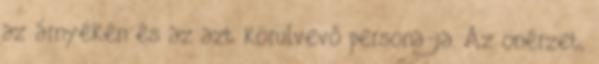
az árnyékén és az azt körülvevő persona-ja. Az önérzet,